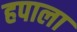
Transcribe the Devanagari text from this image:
हपाला